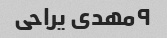
۹مهدی یراحی